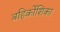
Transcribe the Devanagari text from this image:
बहिर्कोशिका